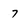
Character: 7